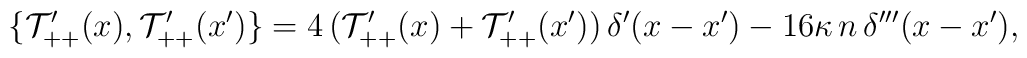
\{ \mathcal T'_{++}(x), \mathcal T'_{++}(x') \} = 4 \, (\mathcal T'_{++}(x) + \mathcal T'_{++}(x')) \, \delta'(x - x') - 16 \kappa \, n \, \delta'''(x - x'),